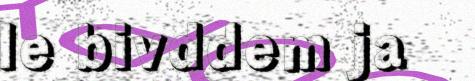
le bivddem ja